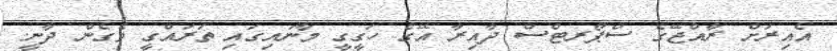
އެއިރަށް ރާއްޖޭގެ ސްޕޯރޓްސް ދާއިރާ އޭގެ ހަގީގީ މާނައިގައި ތަރައްގީ ވެގެން ދާނީ.